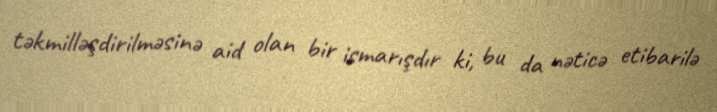
təkmilləşdirilməsinə aid olan bir ismarışdır ki, bu da nəticə etibarilə